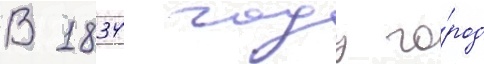
В 1834 году го́род